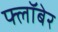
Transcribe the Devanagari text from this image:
फ्लॉबेर